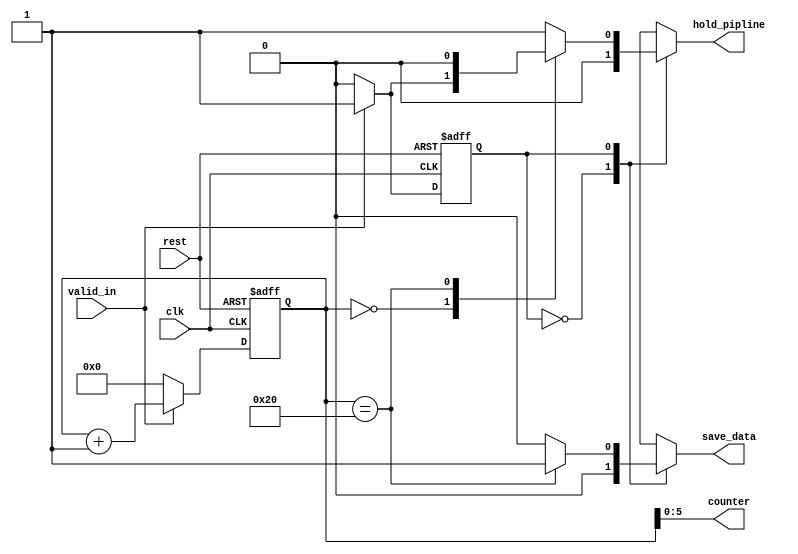
///////////////////////////////////////////////////////////////////////////////
//                                                                            //               
//                                                                            //
// Design Name:    SM4_CONTROLLER                                             //
// Project Name:   zero-riscy                                                 //
// Language:       Verilog                                                    //
//                                                                            //                                 //
////////////////////////////////////////////////////////////////////////////////
module SM4_CONTROLLER (
  input                   clk                  ,
  input                   rest                 ,
  input                   valid_in             ,
  output reg              hold_pipline         ,
  output reg              save_data            ,
  output wire [5:0]       counter                 
  );
  
//---------------------------------------------//

  localparam IDEL       = 1'b0,
             ENCRYPTION = 1'b1;   
//---------------------------------------------//

  reg        next_state            ;
  reg        current_state         ;   
  reg [31:0] sm4_enc               ;
//--------------------------------------------*//
         
always@(posedge clk or negedge rest)
begin
  if(!rest)
    begin
      current_state <= IDEL ;
    end
  else
    begin
       current_state <= next_state ;
     end
end
//---------------------------------------------//

always@(*)
begin
  case(current_state)
    IDEL :
     begin
       if(valid_in)
           next_state = ENCRYPTION ;
         else
           next_state = IDEL       ;
     end
     
     
    ENCRYPTION :
     begin
        if(valid_in)
           next_state = ENCRYPTION ;
         else
           next_state = IDEL       ;
     end
  endcase
end
//---------------------------------------------//

always@(*)
begin
hold_pipline = 0;
save_data    = 0;
   case(current_state)
    IDEL  :
     begin
       hold_pipline = 0;
       save_data    = 0;
     end
     
    ENCRYPTION :
     begin
       case(sm4_enc)
         'd0 :
          begin 
            if (valid_in)
              begin
            hold_pipline = 'd1    ;
            save_data    = 'd0    ;
              end
          else
            begin
            hold_pipline = 'd0    ;
            save_data   = 'd0     ;
            end
          end
          
          'd32 :
          begin 
            hold_pipline = 'd0          ;
            save_data    = 'd1          ;
          end 
          
      default : 
        begin
            hold_pipline = 'd1          ;
            save_data    = 'd0          ;
        end 
       endcase 
     end
   endcase
 end
 //-----------------------------------------//
/* 
 always@(posedge clk or negedge rest)
 begin
   if(!rest)
     data_out_enc <= 'd0;
    else
     data_out_enc <= mux_out;
 end
 */
 //------------------------------------------//
 
 always@(posedge clk or negedge rest)
 begin
   if(!rest)
     sm4_enc  <= 'd0           ;
   else if (valid_in)
     sm4_enc  <= sm4_enc + 'd1 ;
   else
     sm4_enc  <= 'd0           ;
 end
 
assign counter = sm4_enc      ;
endmodule